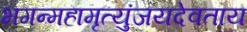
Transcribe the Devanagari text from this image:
भगन्महामृत्युंजयदेवताय